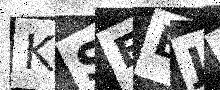
Text: KSEBJM